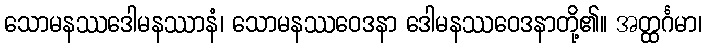
သောမနဿဒေါမနဿာနံ၊ သောမနဿဝေဒနာ ဒေါမနဿဝေဒနာတို့၏။ အတ္ထင်္ဂမာ၊